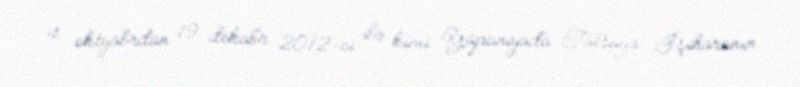
4 oktyabrdan 19 dekabr 2012-ci ilə kimi Yaponiyada Tatsuya İşiharanın